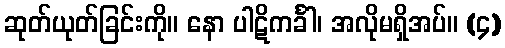
ဆုတ်ယုတ်ခြင်းကို။ နော ပါဋိကင်္ခါ၊ အလိုမရှိအပ်။ (၄)